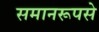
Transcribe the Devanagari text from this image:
समानरूपसे